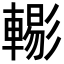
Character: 𨎗